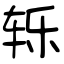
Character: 轹